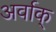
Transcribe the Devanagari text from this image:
अर्वाक्